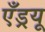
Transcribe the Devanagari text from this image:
एँड्रयू